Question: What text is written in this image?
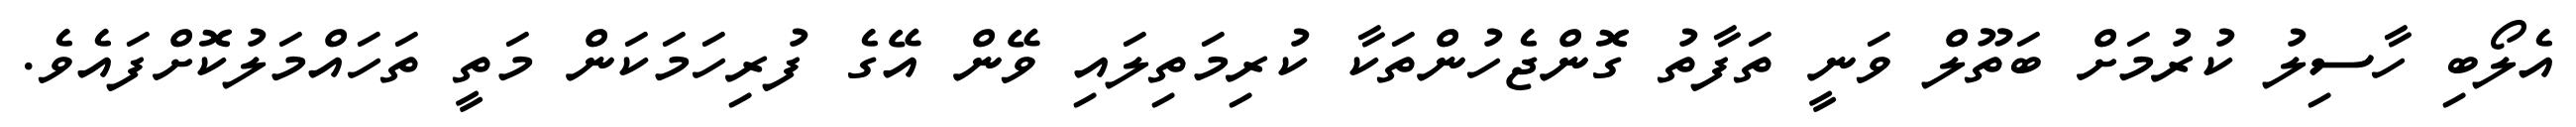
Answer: އެލޯބި ހާސިލު ކުރުމަށް ބަތޫލް ވަނީ ތަފާތު ގޮންޖެހުންތަކާ ކުރިމަތިލައި ވޭން އޭގެ ފުރިހަމަކަން މަތީ ތަހައްމަލުކޮށްފައެވެ.